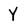
Character: Y